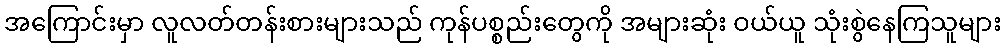
အကြောင်းမှာ လူလတ်တန်းစားများသည် ကုန်ပစ္စည်းတွေကို အများဆုံး ဝယ်ယူ သုံးစွဲနေကြသူများ